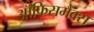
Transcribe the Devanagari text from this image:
ऑफिसमैक्स